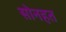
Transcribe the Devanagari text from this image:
सोनहत